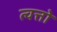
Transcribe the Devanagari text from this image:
त्वत्तो